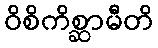
ဝိစိကိစ္ဆာမီတိ